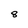
Character: 8